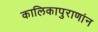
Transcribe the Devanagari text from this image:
कालिकापुराणांन